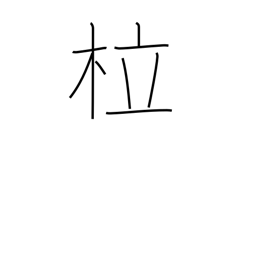
Meaning: bent tree